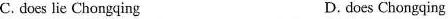
C. does lie Chongqing D.does Chongqing